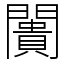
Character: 闠